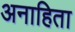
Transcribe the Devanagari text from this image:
अनाहिता